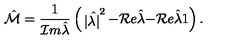
\hat { \cal M } = { \frac { 1 } { { \cal I } m \hat { \lambda } } } \left( \begin{matrix} { | \hat { \lambda | } ^ { 2 } } & { - { \cal R } e \hat { \lambda } } \\ { - { \cal R } e \hat { \lambda } } & { 1 } \\ \end{matrix} \right) .